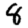
Digit: 8